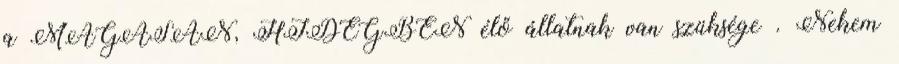
a MAGASAN, HIDEGBEN élő állatnak van szüksége . Nekem